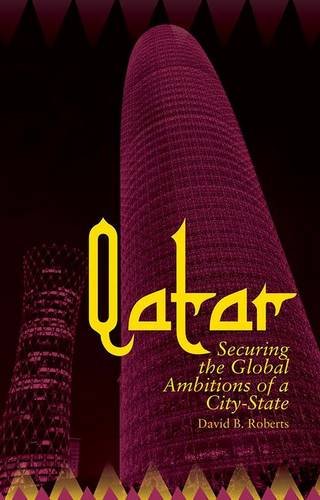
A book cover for Qatar: Securing the Global Ambitions of a City-State; David Roberts; History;